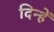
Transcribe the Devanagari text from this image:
दिन्हें